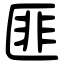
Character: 匪